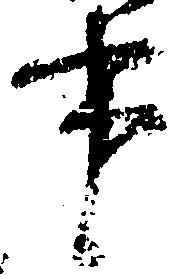
事